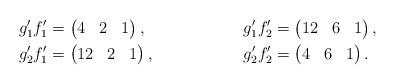
LaTeX: \begin{align*}g'_1f'_1 &= \begin{pmatrix} 4 & 2 & 1 \end{pmatrix}, &g'_1 f'_2 &= \begin{pmatrix} 12 & 6 & 1 \end{pmatrix},\\g'_2f'_1 &= \begin{pmatrix} 12 & 2 & 1 \end{pmatrix}, &g'_2f'_2 &= \begin{pmatrix} 4 & 6 & 1 \end{pmatrix}.\end{align*}